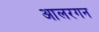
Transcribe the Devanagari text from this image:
आलरगन